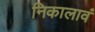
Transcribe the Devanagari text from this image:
निकालावं